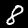
Label: 8